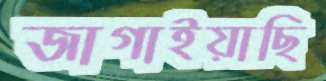
জাগাইয়াছি